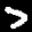
Label: 7